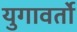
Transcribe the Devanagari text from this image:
युगावर्तो